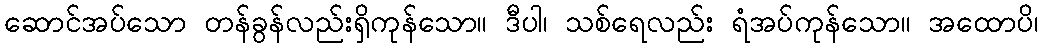
ဆောင်အပ်သော တန်ခွန်လည်းရှိကုန်သော။ ဒီပါ၊ သစ်ရေလည်း ရံအပ်ကုန်သော။ အထောပိ၊